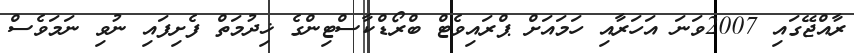
ރާއްޖޭގައި 2007ވަނަ އަހަރާއި ހަމައަށް ޕްރައިވެޓް ބްރޯޑްކާސްޓިންގެ ޚިދުމަތް ފެށިފައި ނުވި ނަމަވެސް